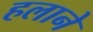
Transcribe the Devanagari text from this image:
हलाने